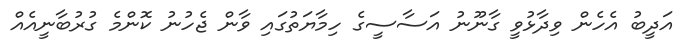
އަދީބު އެހެން ވިދާޅުވީ ގާނޫނު އަސާސީގެ ހިމާޔަތުގައި ވާން ޖެހުނު ކޮންމެ ގުރުބާނީއެއް